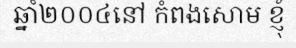
ឆ្នាំ២០០៤នៅ កំពងសោម ខ្ញុំ